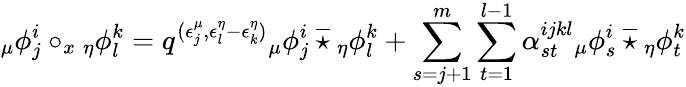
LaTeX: {_{\mu}\phi_{j}^{i}}\circ_{x}{_{\eta}\phi_{l}^{k}}=q^{(\epsilon_{j}^{\mu},\epsilon_{l}^{\eta}-\epsilon_{k}^{\eta})}{_{\mu}\phi_{j}^{i}}\: \overline{{\star}}\: {_{\eta}\phi_{l}^{k}}+\sum_{s=j+1}^{m}\sum_{t=1}^{l-1}\alpha_{st}^{ijkl}{_{\mu}\phi_{s}^{i}}\: \overline{{\star}}\: {_{\eta}\phi_{t}^{k}}